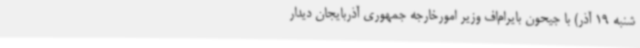
شنبه 19 آذر) با جیحون بایرام‌اف وزیر امورخارجه جمهوری آذربایجان دیدار